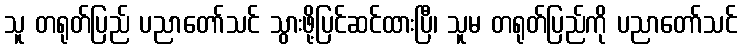
သူ တရုတ်ပြည် ပညာတော်သင် သွားဖို့ပြင်ဆင်ထားပြီ၊ သူမ တရုတ်ပြည်ကို ပညာတော်သင်